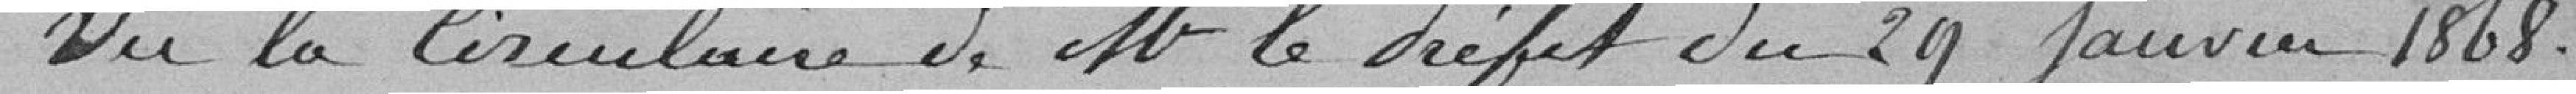
Vu la Circulaire de M. le Préfet du 29 janvier 1868